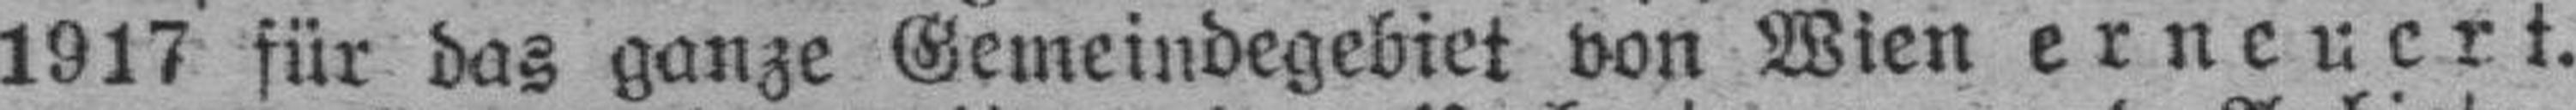
1917 für das ganze Gemeindegebiet von Wien erneuert.